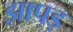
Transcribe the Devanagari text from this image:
झापड़